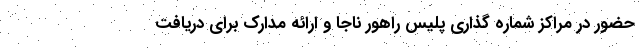
حضور در مراکز شماره گذاری پلیس راهور ناجا و ارائه مدارک برای دریافت